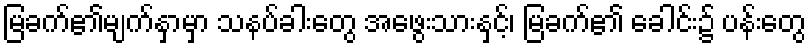
မြခက်၏မျက်နှာမှာ သနပ်ခါးတွေ အဖွေးသားနှင့်၊ မြခက်၏ ခေါင်း၌ ပန်းတွေ